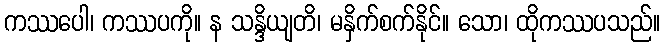
ကဿပေါ၊ ကဿပကို။ န သန္ဒိယျတိ၊ မနှိက်စက်နိုင်။ သော၊ ထိုကဿပသည်။